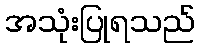
အသုံးပြုရသည်